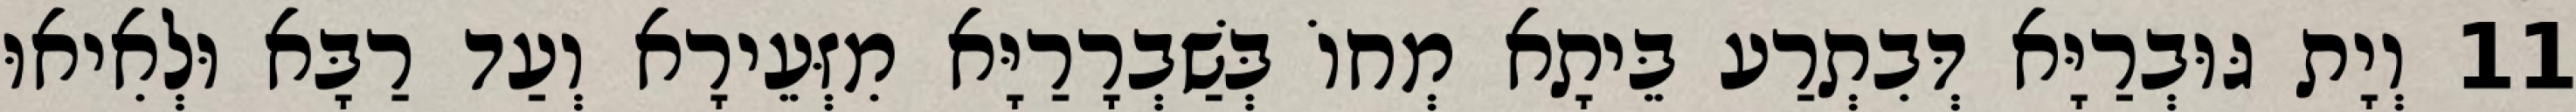
11 וְיָת גּוּבְרַיָּא דְּבִתְרַע בֵּיתָא מְחוֹ בְּשַׁבְרָרַיָּא מִזְּעֵירָא וְעַד רַבָּא וּלְאִיאוּ